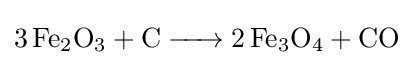
{\ce {3 Fe2O3 + C -> 2 Fe3O4 + CO}}